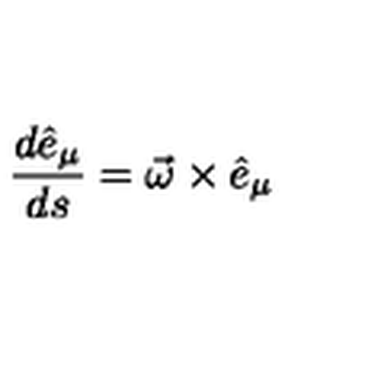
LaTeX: \frac { d \hat { e } _ { \mu } } { d s } = \vec { \omega } \times \hat { e } _ { \mu }